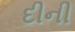
દીની